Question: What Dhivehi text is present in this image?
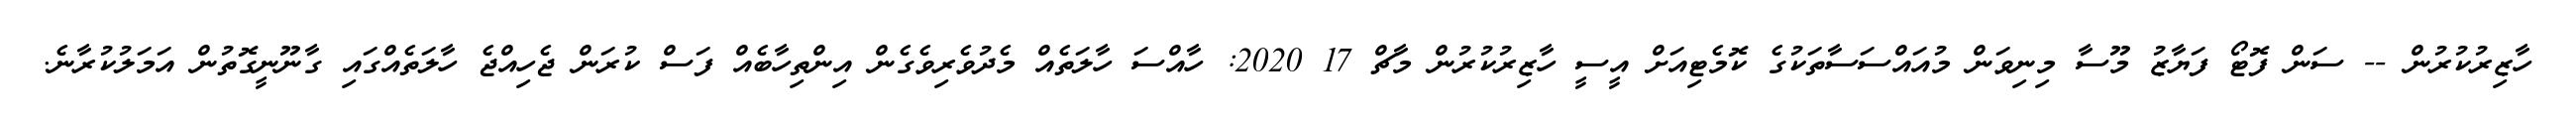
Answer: ހާޒިރުކުރުން -- ސަން ފޮޓޯ ފަޔާޒު މޫސާ މިނިވަން މުއައްސަސާތަކުގެ ކޮމެޓިއަށް އީސީ ހާޒިރުކުރުން މާޗް 17 2020: ހާއްސަ ހާލަތެއް މެދުވެރިވެގެން އިންތިހާބެއް ފަސް ކުރަން ޖެހިއްޖެ ހާލަތެއްގައި ގާނޫނީގޮތުން އަމަލުކުރާނެ.